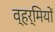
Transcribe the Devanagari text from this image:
व्हर्मियों